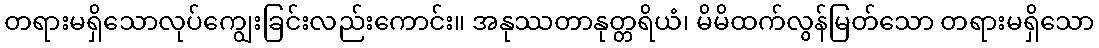
တရားမရှိသောလုပ်ကျွေးခြင်းလည်းကောင်း။ အနုဿတာနုတ္တရိယံ၊ မိမိထက်လွန်မြတ်သော တရားမရှိသော